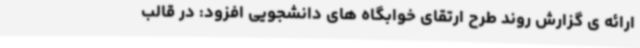
ارائه ی گزارش روند طرح ارتقای خوابگاه های دانشجویی افزود: در قالب